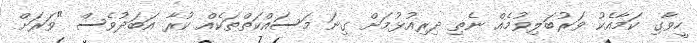
ހީވާގި ކަމާއެކު ވަރުބަލިވުމެއް ނެތި ދިރިއުޅުމަށް ގިނަ މަސައްކަތްތަކެއް ކުރާ އަބަދުވެސް "ވަރަށް